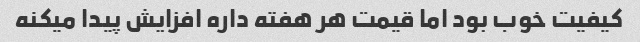
کیفیت خوب بود اما قیمت هر هفته داره افزایش پیدا میکنه